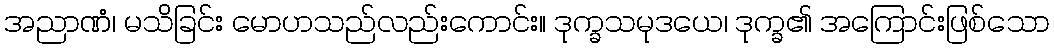
အညာဏံ၊ မသိခြင်း မောဟသည်လည်းကောင်း။ ဒုက္ခသမုဒယေ၊ ဒုက္ခ၏ အကြောင်းဖြစ်သော